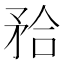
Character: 𭿹